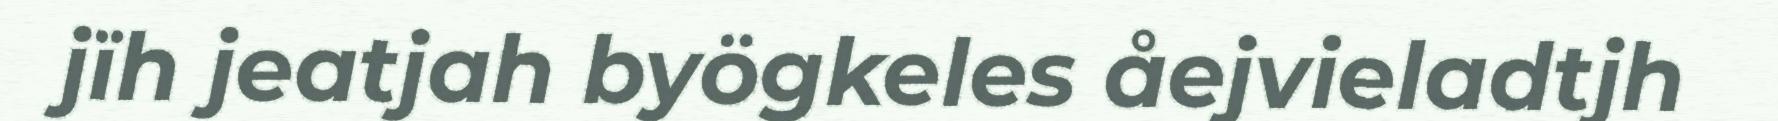
jïh jeatjah byögkeles åejvieladtjh